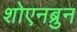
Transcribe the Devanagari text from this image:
शोएनब्रुन